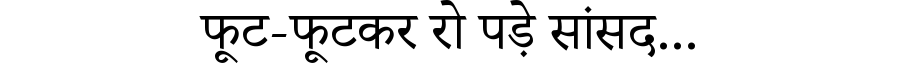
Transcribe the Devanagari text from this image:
फूट-फूटकर रो पड़े सांसद...